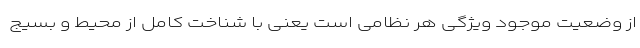
از وضعیت موجود ویژگی هر نظامی است یعنی با شناخت کامل از محیط و بسیج